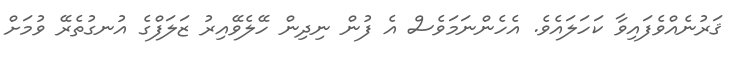
ޤަރުނެއްވެފައިވާ ކަހަލައެވެ. އެހެންނަމަވެސް އެ ފުން ނިދިން ހޭލެވޭއިރު ޒަލަފްގެ އުނގުތެރޭ ވުމަށް